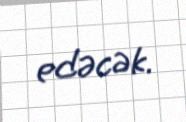
edəcək.